Civil Veterinary Department Bihar reports 1940-50 - 1940-1950
Year: 1940
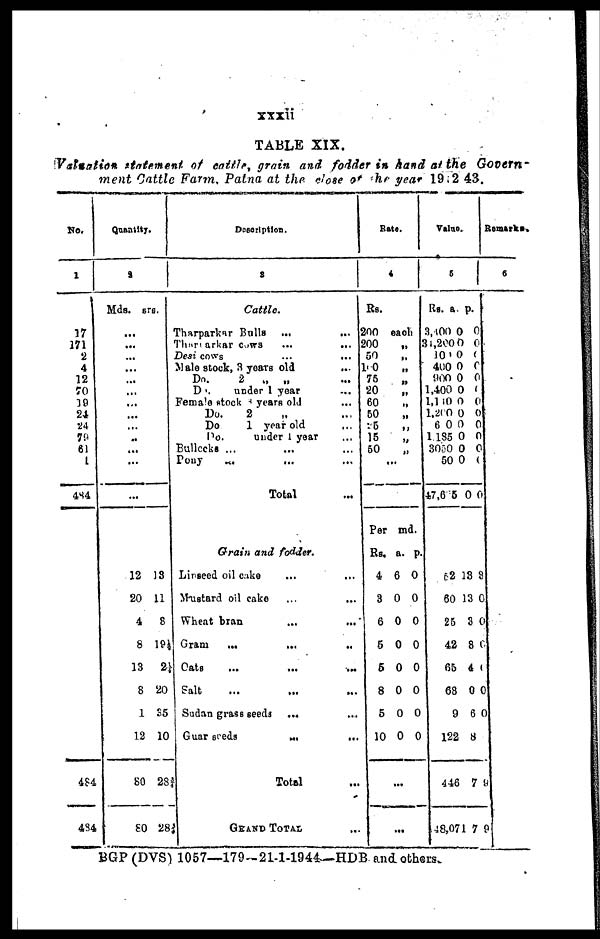
xxxii
TABLE XIX.
Valuation statement of cattle, grain and fodder in hand at the Govern-
ment Cattle Farm, Patna at the close of the year 1942 43.
No.
1
17
171
2
4
12
70
19
24
24
79
61
4
484
484
484
Quantity.
2
Mds.
...
...
...
...
...
...
...
...
...
..
...
...
...
12
20
4
8
13
8
1
12
80
80
srs.
13
11
8
19¼
2¼
20
35
10
28
28
Deseription.
3
Cattle.
Tharparkar Bulls ...
...
Tharparkar cows ...
...
Desi cows
...
...
Male stock, 3 years old
...
Do. 2 „ „
Do.
under 1 year ...
Female stock 3 years old ...
Do.
2 „
Do.
1 year old
...
Do.
under 1 year ...
Bullocks ... ... ...
Pony ... ... ...
Total ...
Grain and fodder.
Linseed oil cake
...
...
Mustard oil cake
...
...
Wheat bran ... ... ...
Gram ... ... ...
Cats ... ... ...
Salt ... ... ...
Sudan grass seeds ... ...
Guar seeds ... ...
Total ...
GRAND TOTAL...
Rate.
4
Rs.
200
200
50
100
75
20
60 „
50
25
15
50
...
Per
Rs.
4
3
6
5
5
8
5
10
...
each
„
„
„
„
„
„
„
„
„
md
a.
6
0
0
0
0
0
0
0
...
.
p.
0
0
0
0
0
0
0
0
Value.
5
Rs.
3, 400
34,200
100
400
900
1,400
1,110
1,2(0
6 0
1.185
3050
50
47,635
52
60
25
42
65
68
9
122
446
48,071
a.
0
0
0
0
0
0
0
0
0
0
0
0
0
13
13
3
8
4
0
6
8
7
7
p.
0
0
0
0
0
0
0
0
0
0
0
0
0
8
0
0
0
0
0
0
9
9
Remarks.
6
BGP (DVS) 1057—179-21-1-1944—HDB and others.